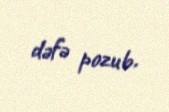
dəfə pozub.